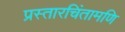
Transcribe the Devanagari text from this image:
प्रस्तारचिंतामणि